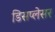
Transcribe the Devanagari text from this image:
डिसप्लेसर